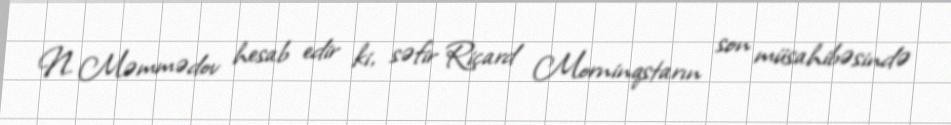
N. Məmmədov hesab edir ki, səfir Riçard Morninqstarın son müsahibəsində